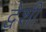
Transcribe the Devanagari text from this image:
द्वेशी